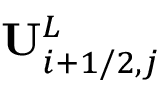
\mathbf { U } _ { i + 1 / 2 , j } ^ { L }